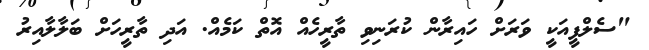
"ސެލްފީއަކީ ވަރަށް ހައިރާން ކުރަނިވި ތާރީހެއް އޮތް ކަމެއް. އަދި ތާރީހަށް ބަލާލާއިރު